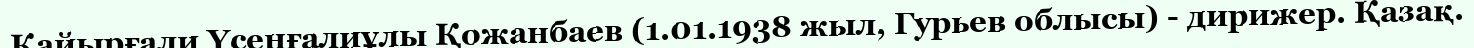
Қайырғали Үсенғалиұлы Қожанбаев (1.01.1938 жыл, Гурьев облысы) - дирижер. Қазақ.